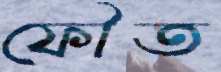
ফৌত